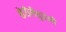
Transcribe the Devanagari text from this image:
शेरीसेतुपथी